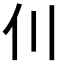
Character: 𫢇